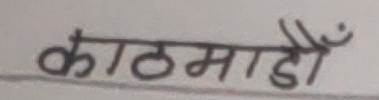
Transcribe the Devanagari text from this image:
काठमाडौँ